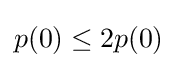
p(0)\leq 2p(0)